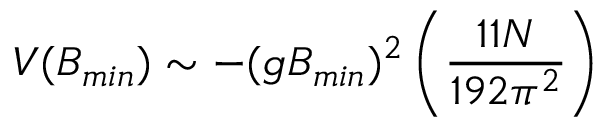
V ( B _ { m i n } ) \sim - ( g B _ { m i n } ) ^ { 2 } \left( \frac { 1 1 N } { 1 9 2 \pi ^ { 2 } } \right)